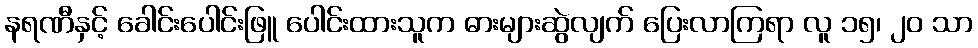
နရဏီနှင့် ခေါင်းပေါင်းဖြူ ပေါင်းထားသူက ဓားများဆွဲလျက် ပြေးလာကြရာ လူ ၁၅၊ ၂၀ သာ